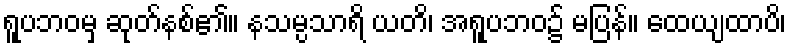
ရူပဘဝမှ ဆုတ်နစ်၏။ နသမ္ပသာရိ ယတိ၊ အရူပဘဝ၌ မပြန်။ ထေယျထာပိ၊